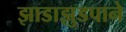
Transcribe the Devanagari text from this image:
झाडाझुडपाने